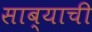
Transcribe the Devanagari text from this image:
साब्याची